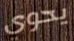
يحوي